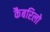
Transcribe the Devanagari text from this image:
कैबरिलो